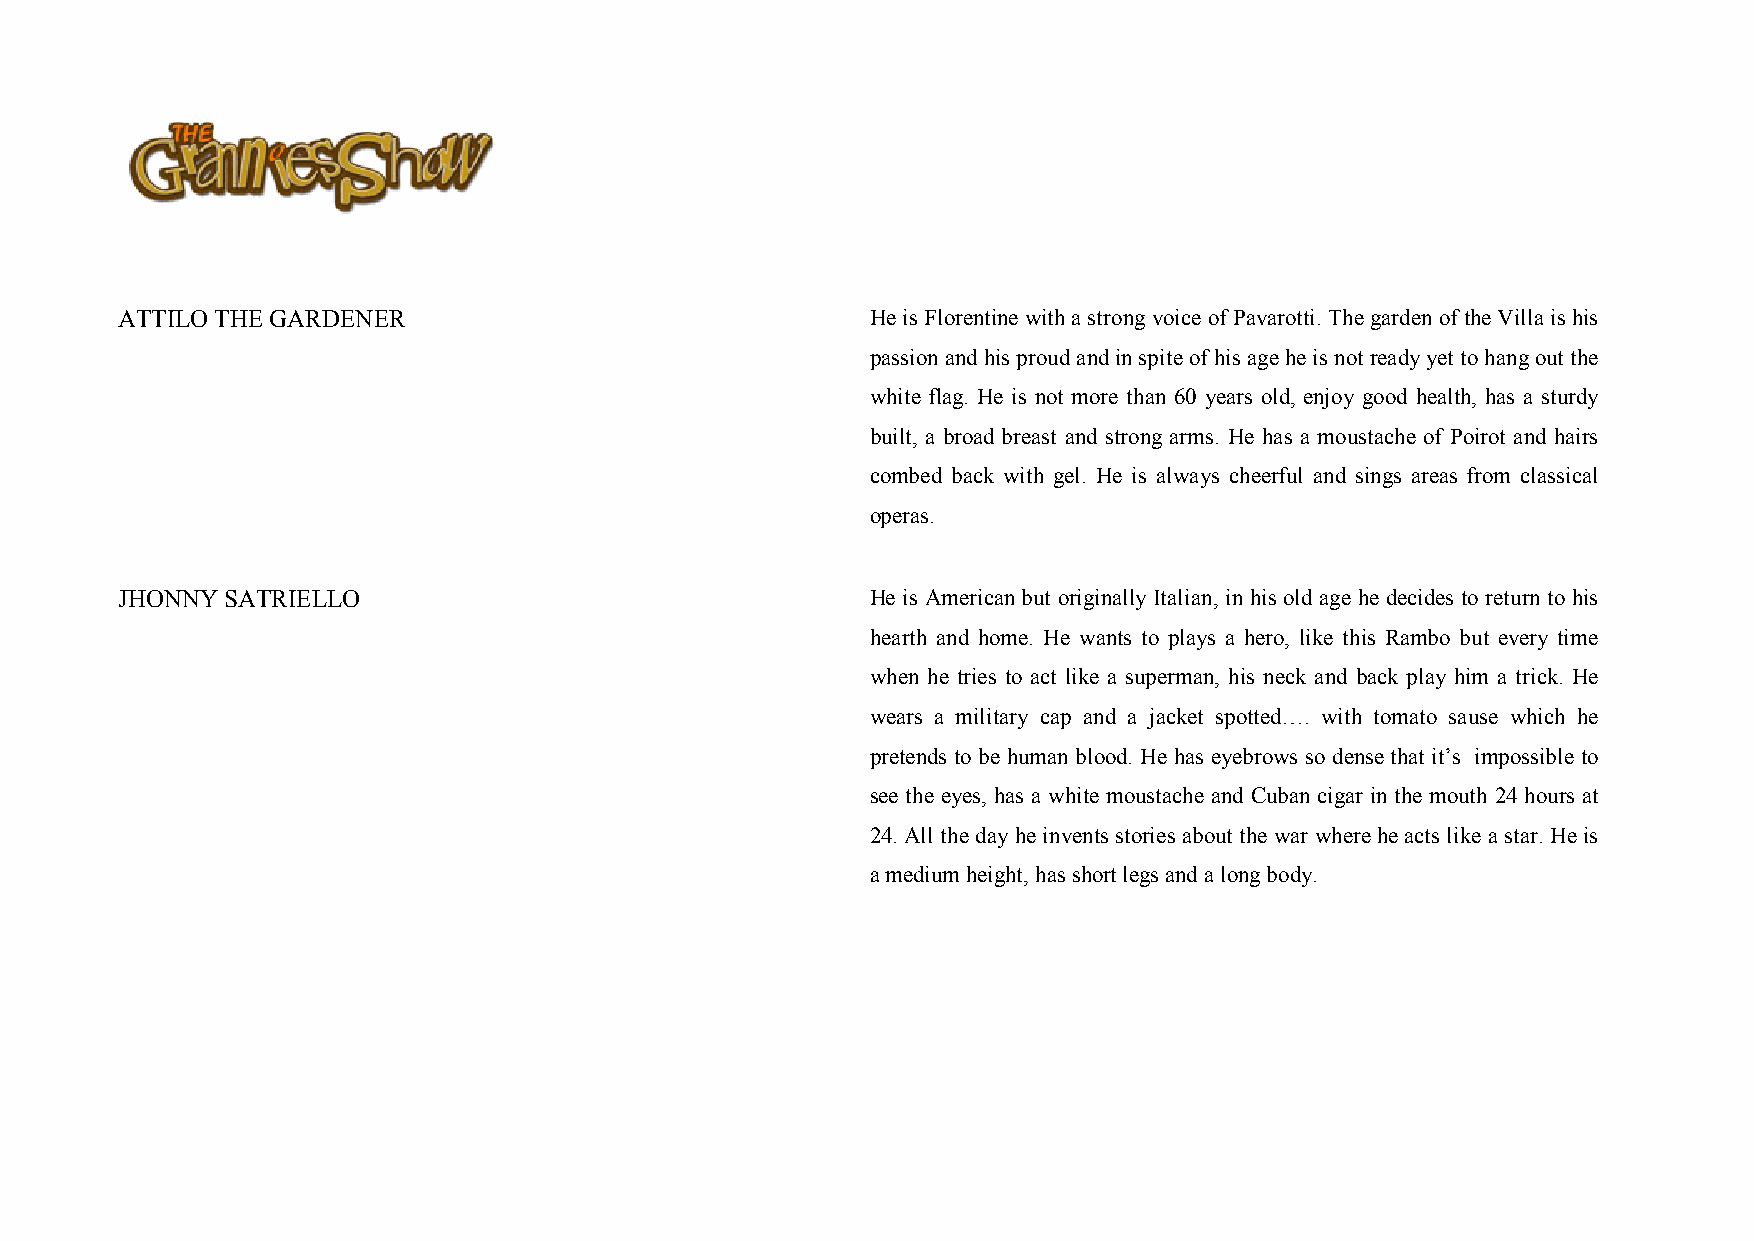
ATTILO THE GARDENER                               He is Florentine with a strong voice of Pavarotti. The garden of the Villa is his
 passion and his proud and in spite of his age he is not ready yet to hang out the
 white flag. He is not more than 60 years old, enjoy good health, has a sturdy
 built, a broad breast and strong arms. He has a moustache of Poirot and hairs
 combed back with gel. He is always cheerful and sings areas from classical
 operas.
 JHONNY SATRIELLO                                  He is American but originally Italian, in his old age he decides to return to his
 hearth and home. He wants to plays a hero, like this Rambo but every time
 when he tries to act like a superman, his neck and back play him a trick. He
 wears a military cap and a jacket spotted…. with tomato sause which he
 pretends to be human blood. He has eyebrows so dense that it’s impossible to
 see the eyes, has a white moustache and Cuban cigar in the mouth 24 hours at
 24. All the day he invents stories about the war where he acts like a star. He is
 a medium height, has short legs and a long body.